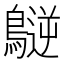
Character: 𪄧